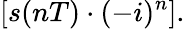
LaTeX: \left[s(nT)\cdot(-i)^{n}\right].